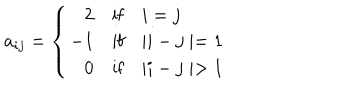
LaTeX: a _ { i j } = \left\{ \begin{array} { r l l } { { 2 } } & { { \mathrm { i f } } } & { { i = j } } \\ { { - 1 } } & { { \mathrm { i f } } } & { { \mid i - j \mid = 1 } } \\ { { 0 } } & { { \mathrm { i f } } } & { { \mid i - j \mid > 1 } } \\ \end{array} \right.